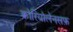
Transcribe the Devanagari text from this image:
कोरियोलेनसफ़